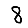
Digit: 8